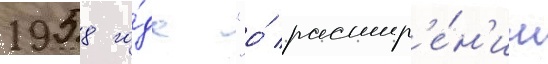
1958 го́да "о́ расшир'е́н'ии